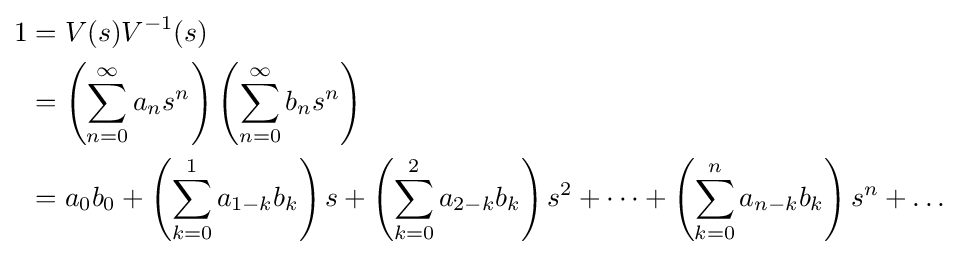
{\begin{aligned}1&=V(s)V^{-1}(s)\\&=\left(\sum _{n=0}^{\infty }a_{n}s^{n}\right)\left(\sum _{n=0}^{\infty }b_{n}s^{n}\right)\\&=a_{0}b_{0}+\left(\sum _{k=0}^{1}a_{1-k}b_{k}\right)s+\left(\sum _{k=0}^{2}a_{2-k}b_{k}\right)s^{2}+\cdots +\left(\sum _{k=0}^{n}a_{n-k}b_{k}\right)s^{n}+\ldots \end{aligned}}